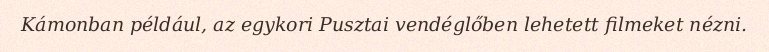
Kámonban például, az egykori Pusztai vendéglőben lehetett filmeket nézni.